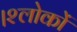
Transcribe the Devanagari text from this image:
।श्लोकों